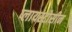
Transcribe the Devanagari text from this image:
प्लायस्टोसीन